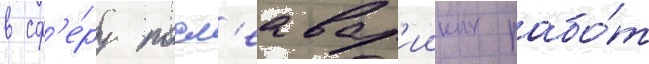
в сф'е́ру посл'еавар'ииных рабо́т